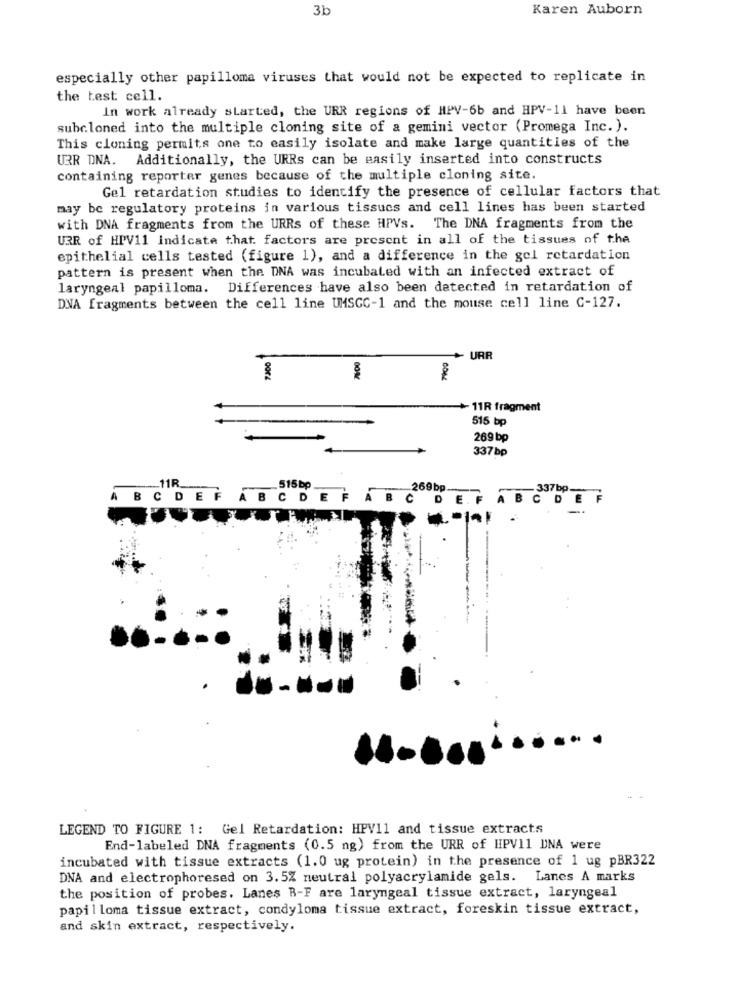
3b
Karen Auborn
especially other papilloma viruses that would not be expected to replicate in
the test: cell.
In work already started, the URR regions of HPV-6b and HPV-11 have been
subcloned into the multiple cloning site of a gemini vector (Promega Inc.).
This cloning permits one to easily isolate and make large quantities of the
URR DNA. Additionally, the URRs can be easily inserted into constructs
containing reporter genes because of the multiple cloning site.
Gel retardation studies to identify the presence of cellular factors that
may be regulatory proteins in various tissucs and cell lines has been started
with DNA fragments from the URRs of these HPVs. The DNA fragments from the
UBR of HPV11 indicate that. factors are present in all of the tissues of the
epithelial cells tested (figure 1), and a difference in the gel retardation
pattern is present when the DNA was incubated with an infected extract of
laryngeal papilloma. Differences have also been detected in retardation of
DNA fragments between the cell line UMSGC-1 and the mouse cell line C-127.
+ URR
- 11R fragment
515 bp
269 bp
337 bp
11R.
515 bp
269 bp
337bp
À
BCDEF ABCDEF ABC
B
CDE
LEGEND TO FIGURE 1: Gel Retardation: HPV11 and tissue extracts
End-labeled DNA fragments (0.5 ng) from the URR of HPV11 DNA were
incubated with tissue extracts (1.0 ug protein) in the presence of 1 ug pBR322
DNA and electrophoresed on 3.5% neutral polyacrylamide gels. Lanes A marks
the position of probes. Lanes B-F are laryngeal tissue extract, laryngeal
papilloma tissue extract, condyloma tissue extract, foreskin tissue extract,
and skin extract, respectively.